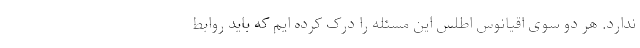
ندارد. هر دو سوی اقیانوس اطلس این مسئله را درک کرده ایم که باید روابط